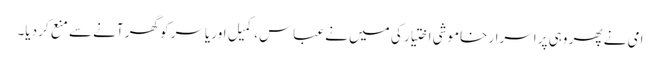
امی نے پھر وہی پر اسرار خاموشی اختیار کی میں نے عباس، کمیل اور یاسر کو گھر آنے سے منع کر دیا۔